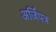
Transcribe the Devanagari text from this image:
अर्जिपत्र